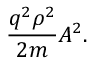
{ \frac { q ^ { 2 } \rho ^ { 2 } } { 2 m } } A ^ { 2 } .